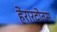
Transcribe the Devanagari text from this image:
हेरारदोतस